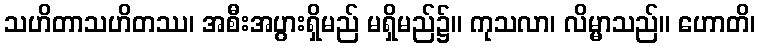
သဟိတာသဟိတဿ၊ အစီးအပွားရှိမည် မရှိမည်၌။ ကုသလာ၊ လိမ္မာသည်။ ဟောတိ၊